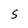
Character: S